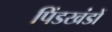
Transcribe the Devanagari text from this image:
पिंडखंडों